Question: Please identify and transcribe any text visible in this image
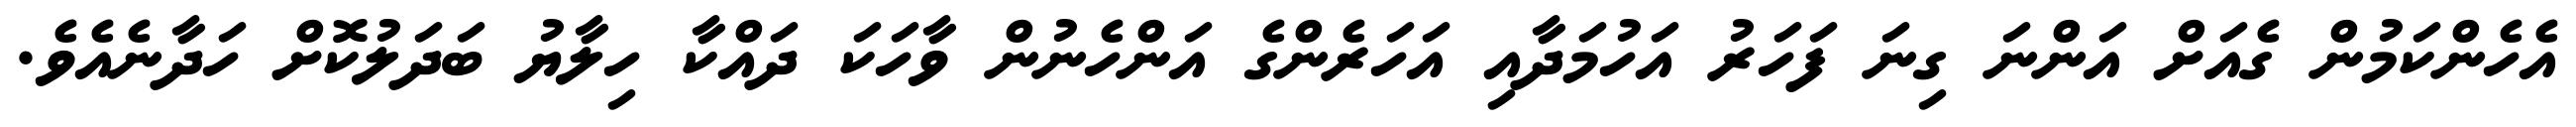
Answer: އެހެންކަމުން ގެއަށް އަންނަ ގިނަ ފަހަރު އަހުމަދާއި އަހަރެންގެ އަންހެނުން ވާހަކަ ދައްކާ ހިލާޔު ބަދަލުކޮށް ހަދާނެއެވެ.